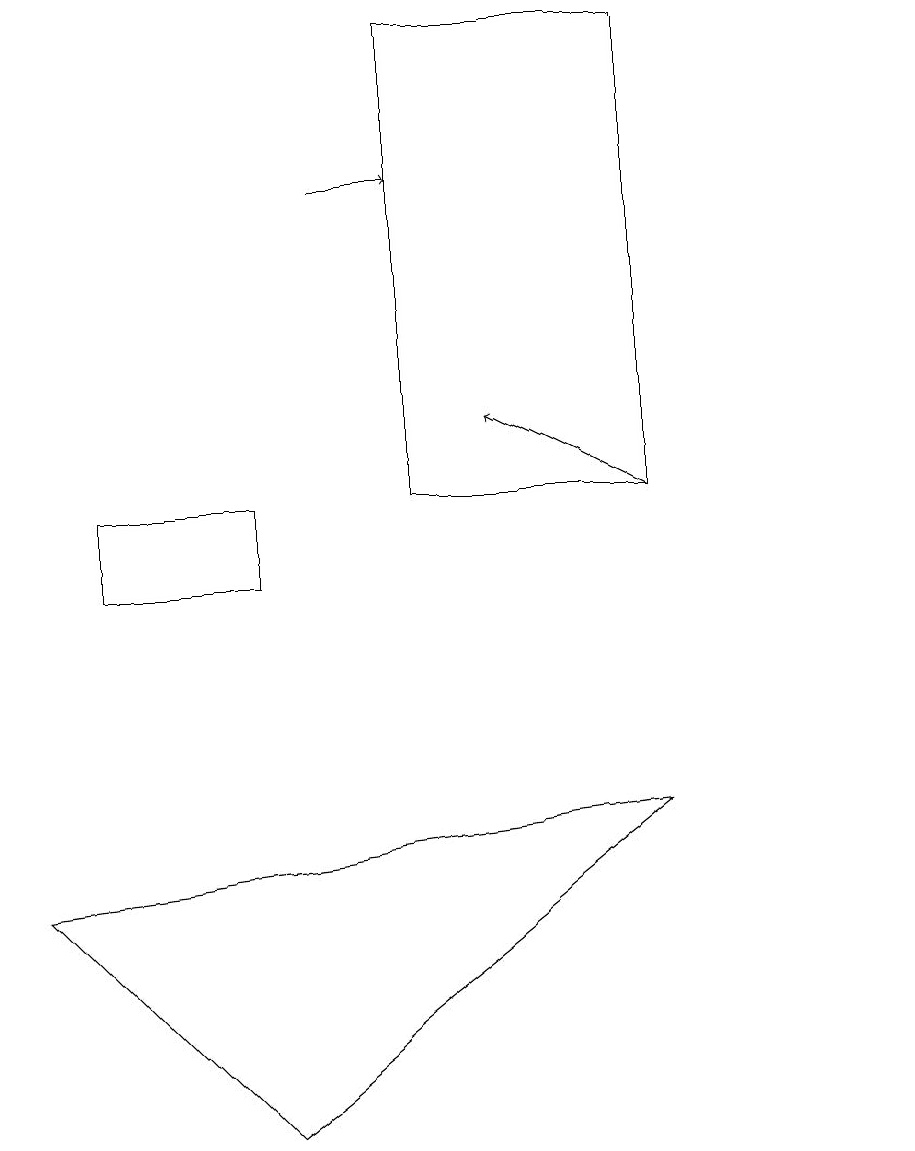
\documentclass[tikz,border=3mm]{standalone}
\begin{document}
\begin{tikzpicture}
\draw (1,7) -- (9,8) -- (4,4) -- cycle;
\draw (6,18) rectangle (9,12);
\draw[->] (5,16) -- (6,16);
\draw (2,11) rectangle (4,12);
\draw[->] (9,12) -- (7,13);
\draw (12,11) circle (0);
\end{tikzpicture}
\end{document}